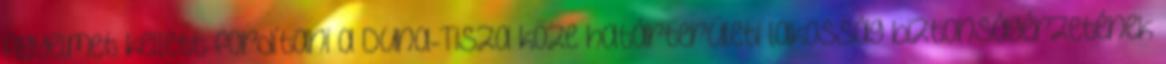
figyelmet kellett fordítani a Duna-Tisza köze határterületi lakosság biztonságérzetének